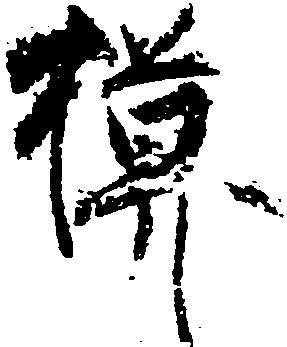
模